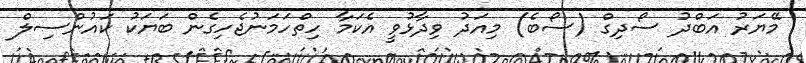
މޭޔަރު އަބްދު ސޯދިގް (ސޯބެ) މިއަދު ވިދާޅުވީ އެކަމާ ހިތްހަމަނުޖެހިގެން ބަޔަކު ކައުންސިލް